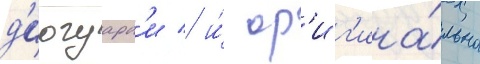
д'иогуард'и / и́ ор'иг'ина́льно